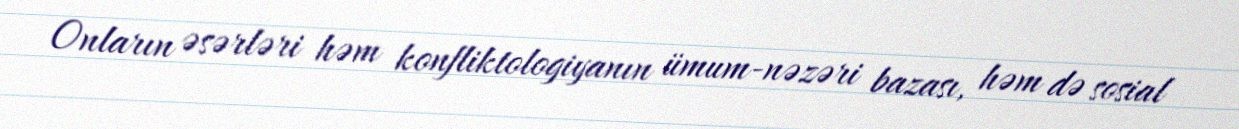
Onların əsərləri həm konfliktologiyanın ümum-nəzəri bazası, həm də sosial